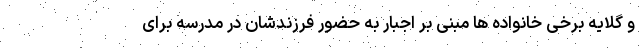
و گلایه برخی خانواده ها مبنی بر اجبار به حضور فرزندشان در مدرسه برای